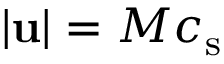
| \mathbf { u } | = M \ensuremath { c _ { \mathrm { s } } }